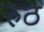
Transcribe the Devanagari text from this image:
रुठ